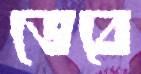
ভেবে